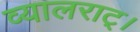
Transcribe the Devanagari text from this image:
व्यालराट्।